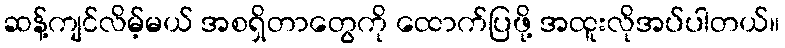
ဆန့်ကျင်လိမ့်မယ် အစရှိတာတွေကို ထောက်ပြဖို့ အထူးလိုအပ်ပါတယ်။